Annual report on the Civil Veterinary Department, Burma (including the Insein Veterinary School) - 1910-1922
Year: 1910
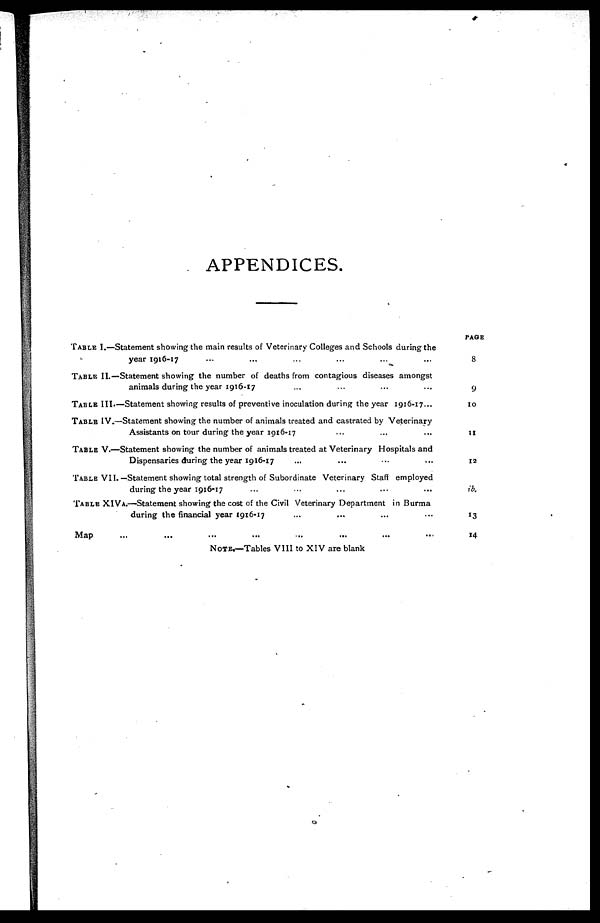
APPENDICES.
TABLE I.—Statement showing the main results of Veterinary Colleges and Schools during the
year 1916-17 ... ... ... ... ...
TABLE II.—Statement showing the number of deaths from contagious diseases amongst
animals during the year 1916-17 ... ... ... ... ...
TABLE III.—Statement showing results of preventive inoculation during the year 1916-17... ... ... ... ...
TABLE IV.—Statement showing the number of animals treated and castrated by Veterinary
Assistants on tour during the year 1916-17 ... ... ... ... ...
TABLE V.—Statement showing the number of animals treated at Veterinary Hospitals and
Dispensaries during the year 1916-17 ... ... ... ... ...
TABLE VII. —Statement showing total strength of Subordinate Veterinary Staff employed
during the year 1916-17 ... ... ... ... ...
TABLE XIVA.—Statement showing the cost of the Civil Veterinary Department in Burma
during the financial year 1916-17 ... ... ... ... ... ...
Map ... ... ... ... ... ... ...
NOTE.—Tables VIII to XIV are blank
PAGE
8
9
10
11
12
ib
13
14